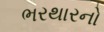
ભરથારનો